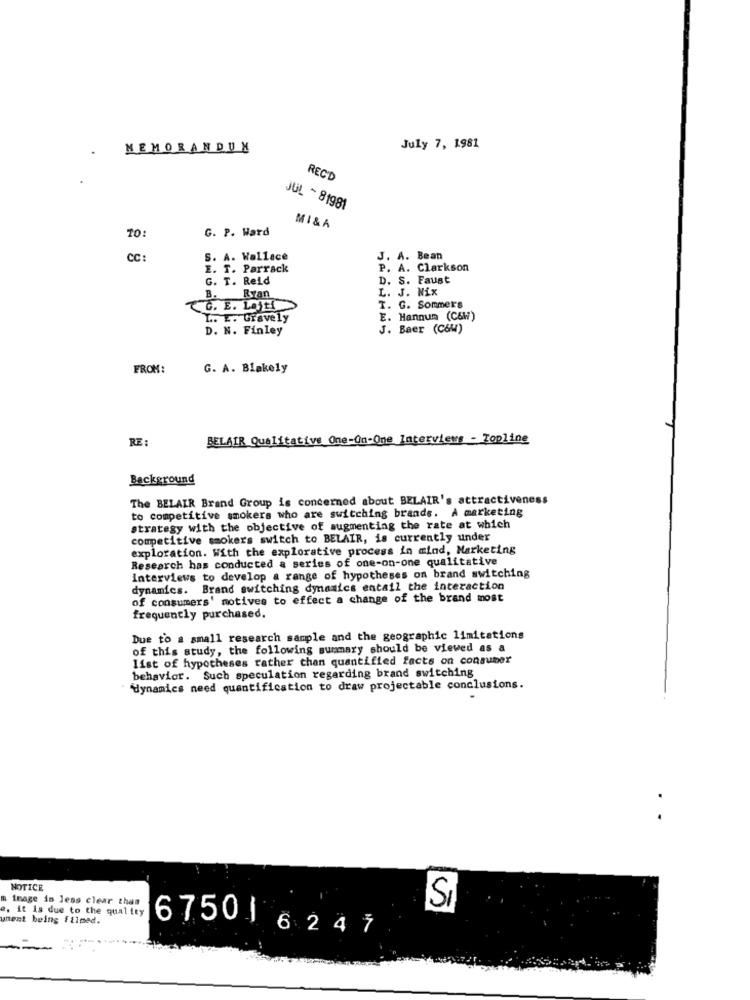
MEMORANDUM
July 7, 1981
RECD
JUL - 81981
G. P. Ward
MI&A
CC:
S. A. Wallace
J. A. Bean
E. T. Parrack
P. A. Clarkson
G. T. Reid
D. S. Faust
L. J. Nix
B. Ryan
G. E. Lojt
T. G. Sommers
L .. E. Gravely
E. Hannum (C6W)
D. N. Finley
J. Baer (C&W)
FROM:
G. A. Blakely
RE :
BELAIR Qualitative One-on-One Interviews - Topline
Background
The BELAIR Brand Group is concerned about BELAIR's attractiveness
to competitive smokers who are switching brands. A marketing
strategy with the objective of augmenting the rate at which
competitive smokers switch to BELAIR, is currently under
exploration. With the explorative process in mind, Marketing
Research has conducted a series of one-on-one qualitative
Interviews to develop a range of hypotheses on brand switching
dynamics. Brand switching dynamics entail the interaction
of consumers' motives to effect a change of the brand most
frequently purchased.
Due to a small research sample and the geographic limitations
of this study, the following summary should be viewed as a
list of hypotheses rather than quantified facts on consumer
behavior. Such speculation regarding brand switching
dynamics need quantification to draw projectable conclusions.
NOTICE
m image is less clear than
e. it is due to the quality
Si
unent being filmed.
6750 1 6247